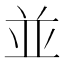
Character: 並